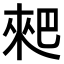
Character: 𠌊